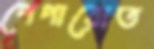
পেপারোত